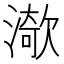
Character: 𱨧